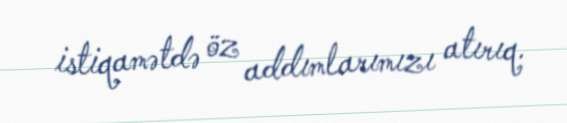
istiqamətdə öz addımlarımızı atırıq.